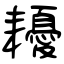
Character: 耰